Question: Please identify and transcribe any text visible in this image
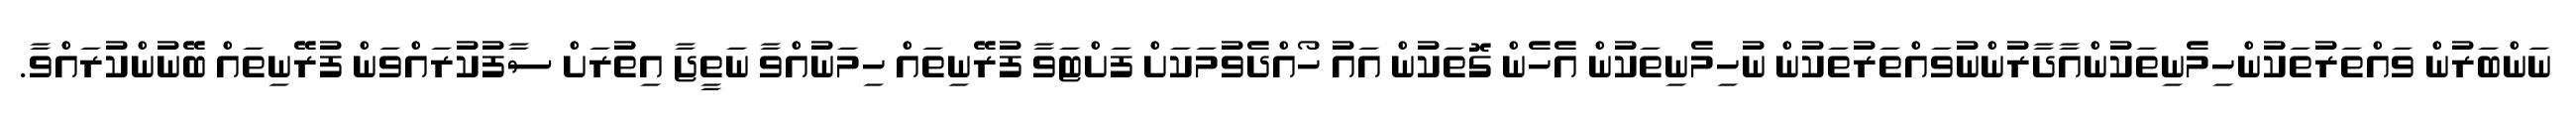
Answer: ނަންބަރުން ވައްތަރުތަކުންހިމެނިތަކުންއާދާރުންނުވައްތަރުތަކުން ނުހިމެނިތަކުން އެހެން ގޮތަކުން އައު ހޯއްދެވުމަކަށް ފަށްޓަވާ ފުރޭނިތައް ހިމަނުއްވާ ނަތީޖާ އިތުރަށް ސާފުކުރައްވަން ފުރޭނިތައް ބޭނުންކުރައްވާ.